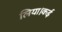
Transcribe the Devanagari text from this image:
लिया।कई